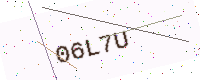
Text: 06L7U